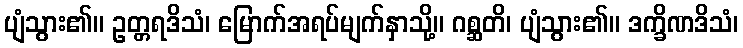
ပျံသွား၏။ ဥတ္တရဒိသံ၊ မြောက်အရပ်မျက်နှာသို့။ ဂစ္ဆတိ၊ ပျံသွား၏။ ဒက္ခိဏဒိသံ၊